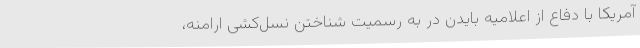
آمریکا با دفاع از اعلامیه بایدن در به رسمیت شناختن نسل‌کشی ارامنه،